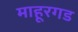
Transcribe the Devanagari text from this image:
माहूरगड